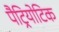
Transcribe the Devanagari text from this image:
पैट्रियोटिक